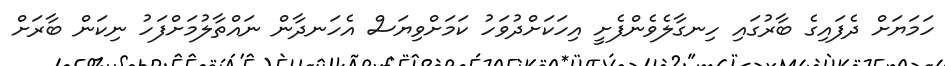
ހަމަޔަށް ދެފައިގެ ބާރުގައި ހިނގާލެވެންފެށީ އިހަކަށްދުވަހު ކަމަށްވިޔަސް އެހަނދާން ނައްތާލުމަށްފަހު ނިކަން ބާރަށް